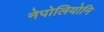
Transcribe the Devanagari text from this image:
नेपोलियोनि